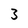
Character: 3